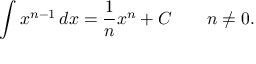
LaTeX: \int x ^ { n - 1 } \, d x = { \frac { 1 } { n } } x ^ { n } + C \qquad n \neq 0 .